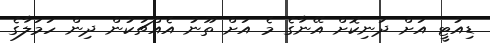
ޑިއުޓީ އަށް ދަނިކޮށް އޭނާގެ މެ އަށް ތޫނު އެއްޗަކުން ދިން ހަމަލާގެ